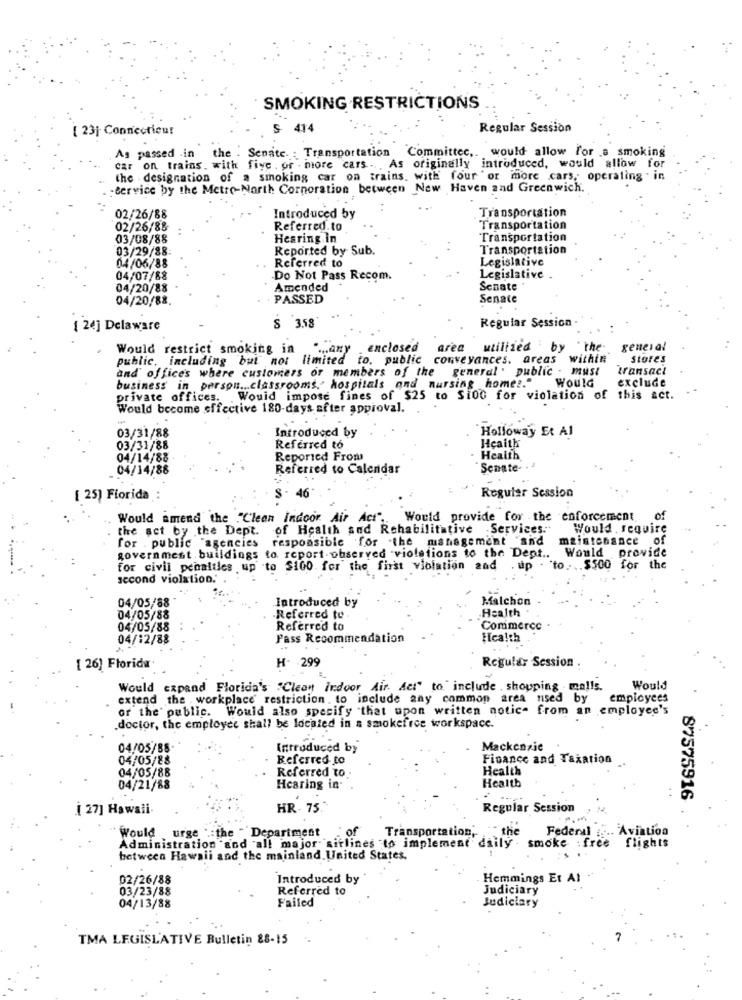
SMOKING RESTRICTIONS
[ 23] Connecticut
S 414
Regular Session
As passed .in the . Senate. : Transportation Committee ,. would allow for a smoking
car on trains, with five , or . more cars .. . As originally introduced, would allow for
the . designation of a smoking car on trains. with four ' or more cars, operating . in
-service by the Metro-North Corporation between New Haven and Greenwich.
Transportation
02/26/88
Introduced by
02/26/88
Referred.to
Transportation
03/08/88
Hearing in
Transportation
03/29/88:
Reported by Sub.
Transportation
Referred to
Legislative
04/06/88
04/07/88
-Do Not Pass Recom.
Legislative
04/20/88
Amended
Senate
04/20/88
PASSED
Senate
Regular Session
[ 24] Delaware
S 3.58
Would restrict smoking in any
. enclosed
area
willied by the general
public, including but not limited to. public
conveyances. areas within
Store's
and offices where customers or members of the
general . public - must
Transact
Would
exclude
business in person ... classrooms,' hospitals and nursing homes."
private offices. Would impose fines of $25 to Si00 for violation of this act.
Would become effective 180-days after approval.
03/31/88
Introduced by
Holloway Et Al
Heaith
03/31/88
Referred to
04/14/88
Reported From
Health
04/14/88
Referred to Calendar
Senate-
[ 25) Fiorida
Regular Session
Would amend the "Clean Indoor Air Act
Would provide for the enforcement
of
the act by the Dept. of Health and Rehabilitative Services.
Would . require
for . public "agencies responsible for the management "sid
maintenance o
government. buildings to report observed violations to the Dept .. Would provide
for civil penalties up to $100 for the first violation and
- "to ... $500 for the
second violation."
04/05/88
Introduced by
Malchon
Health
04/05/88
-Referred to
04/05/88
Referred to
Commerce
04/12/88
Pass Recommendation
Health
H- 299
Regular Session
[ 26] Florida
Would expand Florida's "Clean indoor Air Act" to include shopping malls.
Would
extend the workplace restriction , to include any common area nsed by
employees
or the public. Would also specify "that upon written notice from an employee's
doctor, the employee shall be located in a smokefree workspace.
04/05/88-
Introduced by
Mackenzie
04/05/88
Referred to
Finance and Taxation
04/05/88
Health
Referred to-
Health
04/21/88
Hearing in-
87575916
[ 27] Hawaii
HR. 75.
Regular Session
: of
Transportation,
the
Federal :... Aviation
Would urge :the " Department
Administration and all major sitlines to implement daily - smoke :free flights
between Hawaii and the mainland. United States.
02/26/88
Introduced by
Hemmings Et Al
03/23/88
Referred to
Judiciary
Judiciary
04/13/88
Failed
TMA LEGISLATIVE Bulletin 88-15